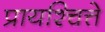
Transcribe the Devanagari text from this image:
प्रायश्चित्ते